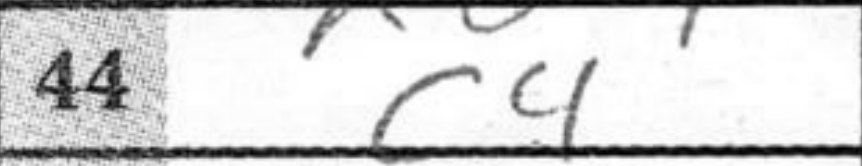
Transcription: c4